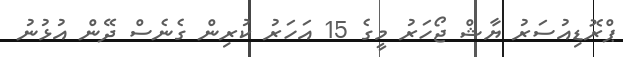
ޕްރޮޑިއުސަރު ޔާޝް ޖޯހަރު މީގެ 15 އަހަރު ކުރިން ގެނެސް ދޭން އުޅުނު